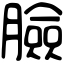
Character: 臉